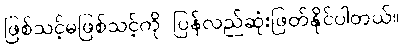
ဖြစ်သင့်မဖြစ်သင့်ကို ပြန်လည်ဆုံးဖြတ်နိုင်ပါတယ်။